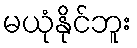
မယုံနိုင်ဘူး